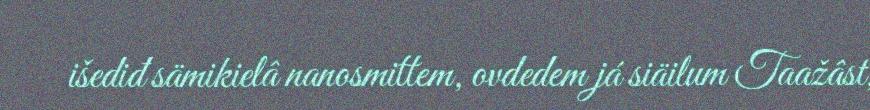
išediđ sämikielâ nanosmittem, ovdedem já siäilum Taažâst,